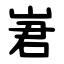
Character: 㟒